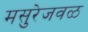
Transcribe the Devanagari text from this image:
मसुरेजवळ